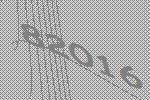
82016